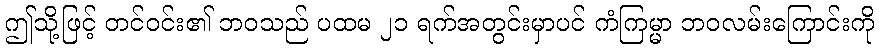
ဤသို့ဖြင့် တင်ဝင်း၏ ဘဝသည် ပထမ ၂၁ ရက်အတွင်းမှာပင် ကံကြမ္မာ ဘဝလမ်းကြောင်းကို